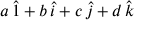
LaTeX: a \, { \hat { 1 } } + b \, { \hat { i } } + c \, { \hat { j } } + d \, { \hat { k } }